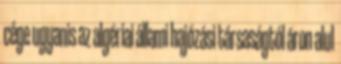
cége ugyanis az algériai állami hajózási társaságtól áron alul